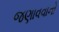
જણાવવાનો